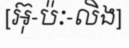
[អ៊ុ-ប៉ៈ-លិង]